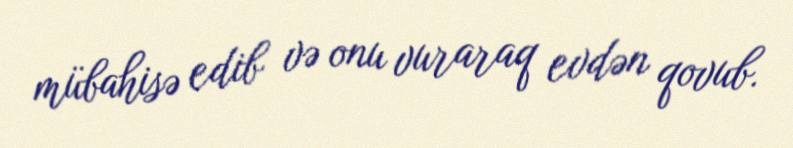
mübahisə edib və onu vuraraq evdən qovub.